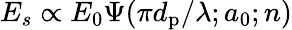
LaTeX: E_{s}\propto E_{0}\Psi(\pi d_{\mathrm{p}}/\lambda;a_{0};n)